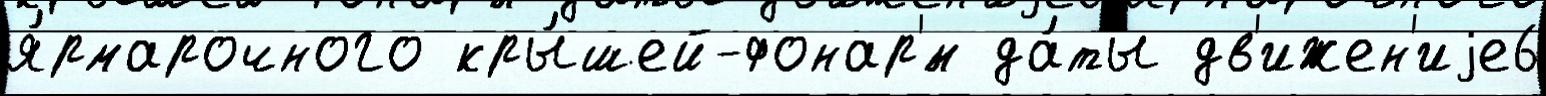
я́рмарочного кры́шей-фонар'́м да́ты дв'ижен'иjе6